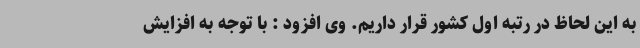
به این لحاظ در رتبه اول کشور قرار داریم. وی افزود : با توجه به افزایش